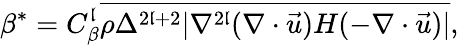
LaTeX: \beta^{*}={C}_{\beta}^{\mathfrak{l}}\overline{{{\rho\Delta^{2\mathfrak{l}+2}|\nabla^{2\mathfrak{l}}(\nabla\cdot\vec{{u}})H(-\nabla\cdot\vec{{u}})|}}},